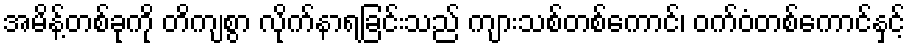
အမိန့်တစ်ခုကို တိကျစွာ လိုက်နာရခြင်းသည် ကျားသစ်တစ်ကောင်၊ ဝက်ဝံတစ်ကောင်နှင့်